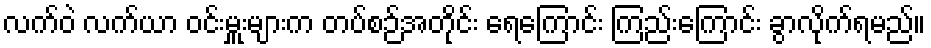
လက်ဝဲ လက်ယာ ဝင်းမှူးများက တပ်စဉ်အတိုင်း ရေကြောင်း ကြည်းကြောင်း ခွာလိုက်ရမည်။